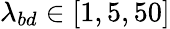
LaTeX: \lambda_{bd}\in[1,5,50]